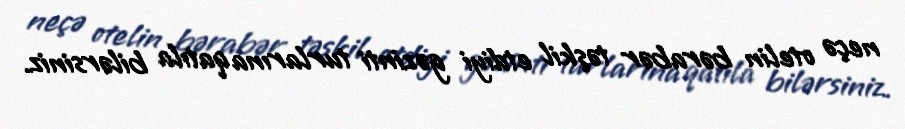
neçə otelin bərabər təşkil etdiyi gəzinti turlarına qatıla bilərsiniz.